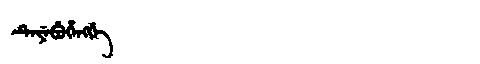
Manchu: ᡨᡝᠶᡝᠪᡠᡥᡝᠩᡤᡝ
Romanization: TEYEBUHENGGE